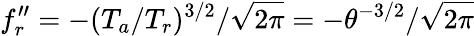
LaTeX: f_{r}^{\prime\prime}=-(T_{a}/T_{r})^{3/2}/\sqrt{2\pi}=-\theta^{-3/2}/\sqrt{2\pi}